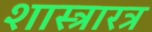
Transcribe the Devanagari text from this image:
शास्त्रारत्र